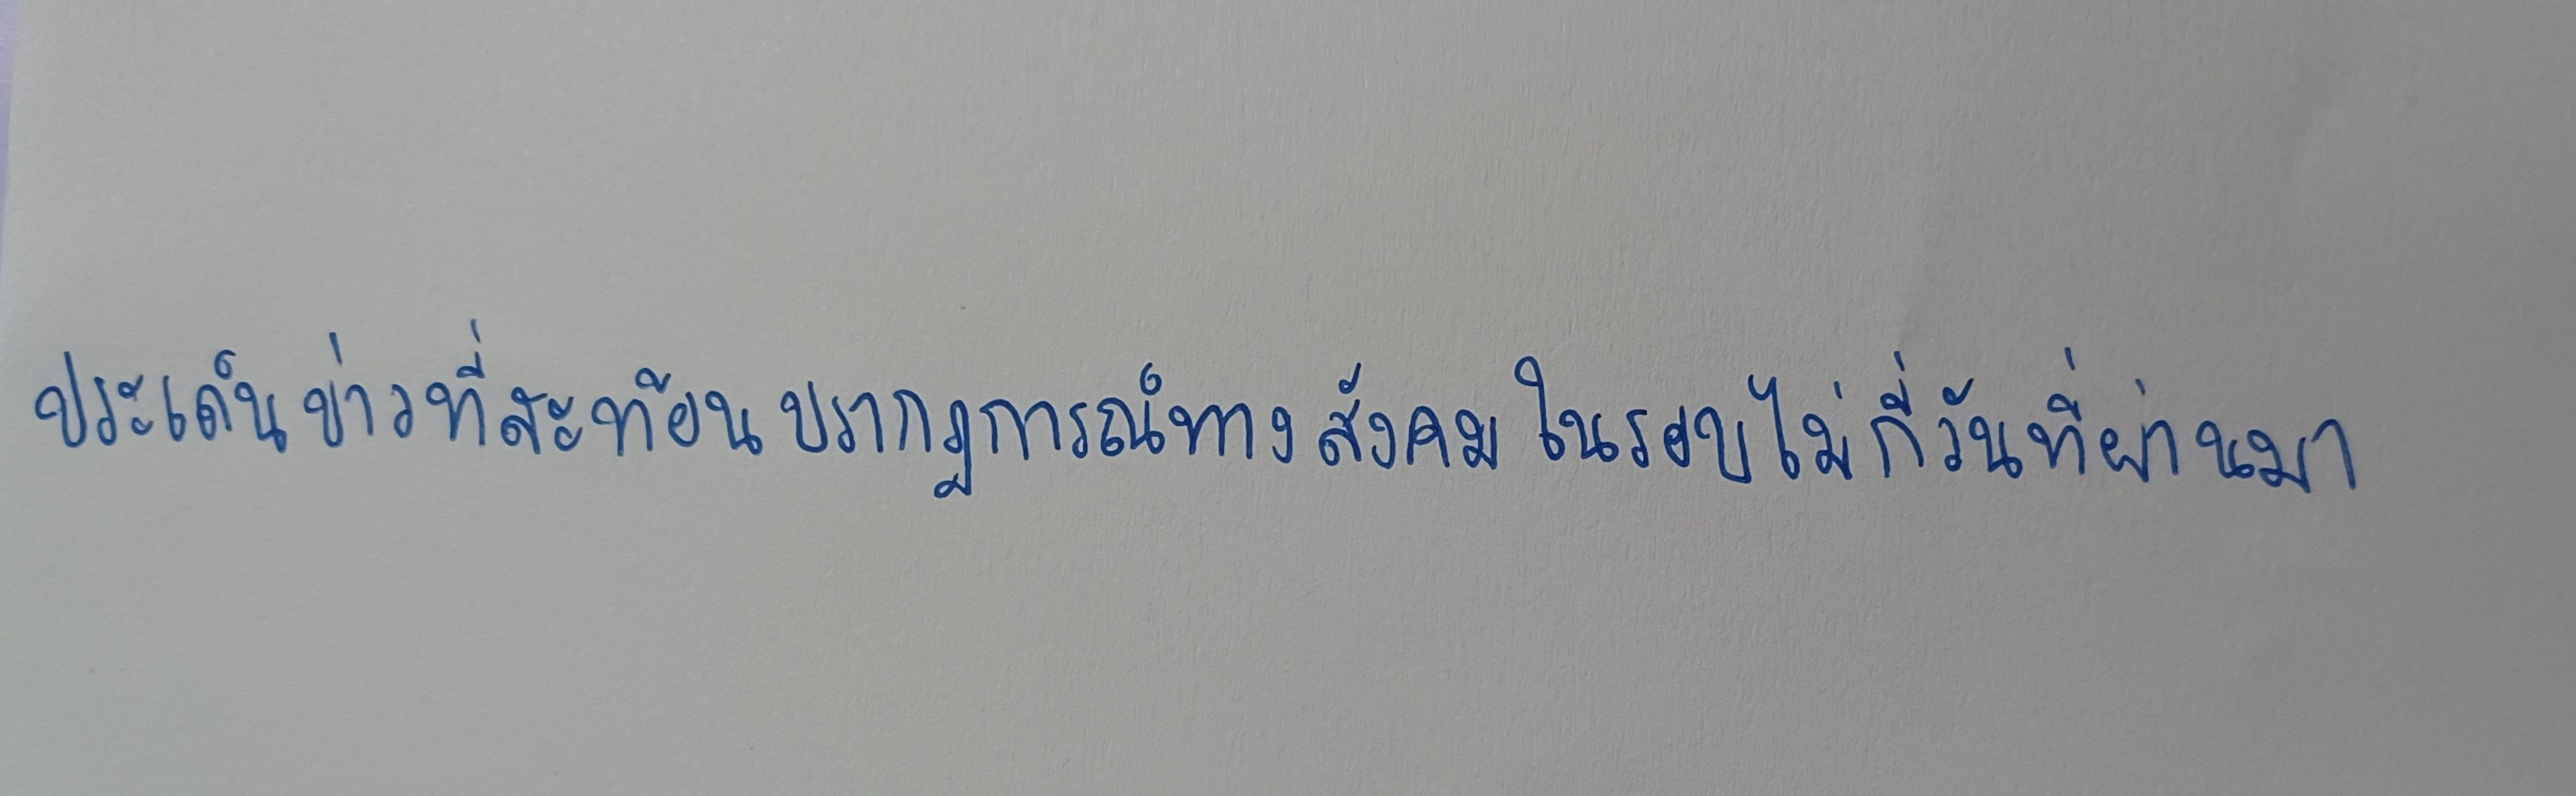
ประเด็นข่าวที่สะท้อนปรากฎการณ์ทางสังคมในรอบไม่กี่วันที่ผ่านมา